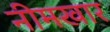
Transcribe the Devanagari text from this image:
नीमखार